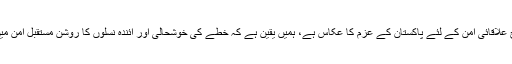
اسلام آباد(اے پی پی) وزیراعظم عمران خان نے کہا ہے کہ کرتارپور راہداری کا افتتاح علاقائی امن کے لئے پاکستان کے عزم کا عکاس ہے، ہمیں یقین ہے کہ خطے کی خوشحالی اور آئندہ نسلوں کا روشن مستقبل امن میں پنہاں ہے، آج ہم سکھ برادری کے لئے نہ صرف سرحد بلکہ دل بھی کھول رہے ہیں۔